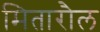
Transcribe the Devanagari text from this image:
मितारौल